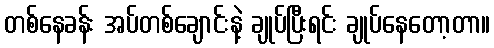
တစ်နေခန်း အပ်တစ်ချောင်းနဲ့ ချုပ်ပြီးရင်း ချုပ်နေတော့တာ။